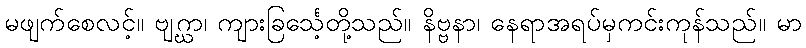
မဖျက်စေလင့်။ ဗျဂ္ဃာ၊ ကျားခြင်္သေ့တို့သည်။ နိဗ္ဗနာ၊ နေရာအရပ်မှကင်းကုန်သည်။ မာ